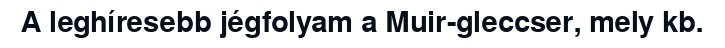
A leghíresebb jégfolyam a Muir-gleccser, mely kb.